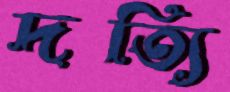
দত্যি